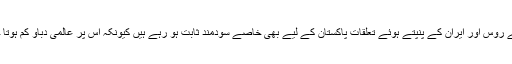
طالبان سے روس اور ایران کے پنپتے ہوئے تعلقات پاکستان کے لیے بھی خاصے سودمند ثابت ہو رہے ہیں کیونکہ اس پر عالمی دباؤ کم ہوتا جارہا ہے۔